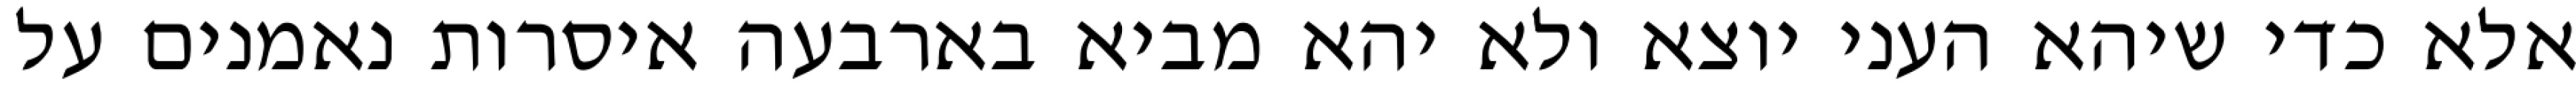
אלא כדי שיהא העני יוצא ולא יהא מביא בארבעה איסרות נאמנים על